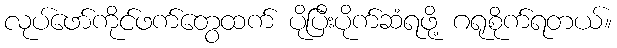
လုပ်ဖော်ကိုင်ဖက်တွေထက် ပိုပြီးပိုက်ဆံရဖို့ ဂရုစိုက်ရတယ်။